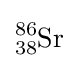
{\ce {^{86}_{38}Sr}}